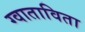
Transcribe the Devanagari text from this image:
ग्वाताविता